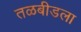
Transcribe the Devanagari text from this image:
तळबीडला